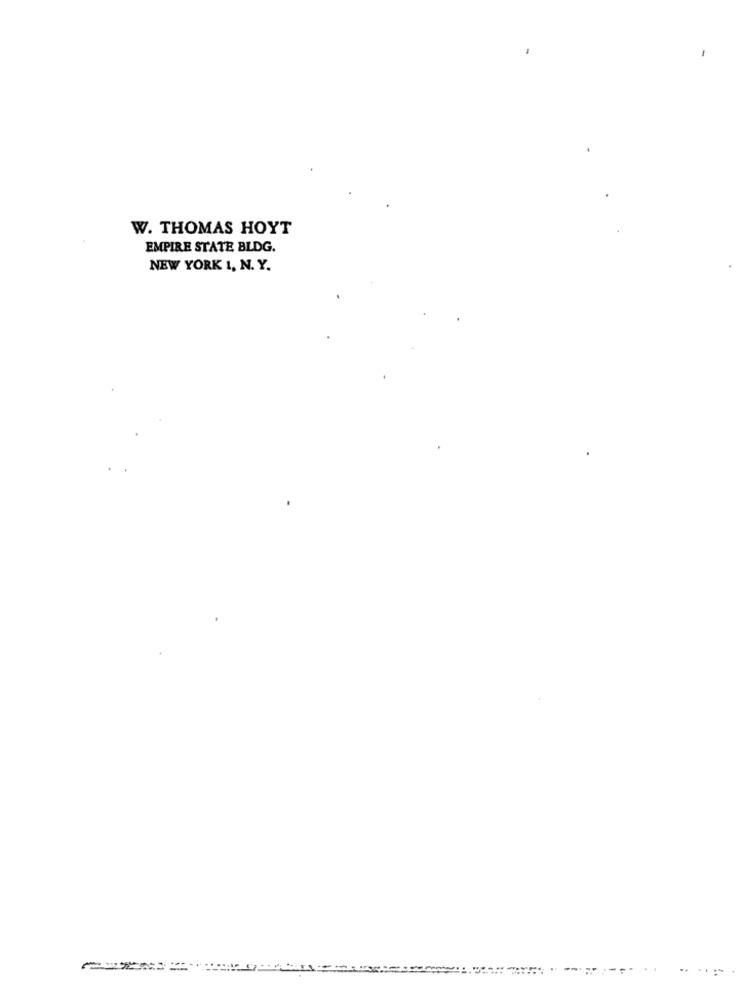
W. THOMAS HOYT
EMPIRE STATE BLDG.
NEW YORK 1, N. Y.